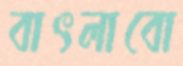
বাৎলাবো